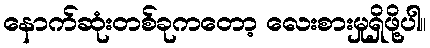
နောက်ဆုံးတစ်ခုကတော့ လေးစားမှုရှိဖို့ပါ။